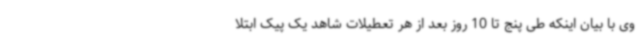
وی با بیان اینکه طی پنج تا 10 روز بعد از هر تعطیلات شاهد یک پیک ابتلا